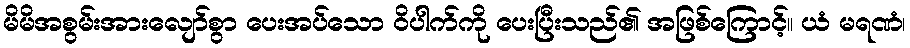
မိမိအစွမ်းအားလျော်စွာ ပေးအပ်သော ဝိပါက်ကို ပေးပြီးသည်၏ အဖြစ်ကြောင့်။ ယံ မရဏံ၊